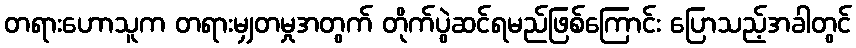
တရားဟောသူက တရားမျှတမှုအတွက် တိုက်ပွဲဆင်ရမည်ဖြစ်ကြောင်း ပြောသည့်အခါတွင်